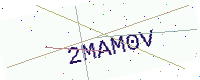
Text: 2MAM0V